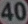
4400